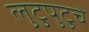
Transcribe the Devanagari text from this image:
लुटुपुटुचे